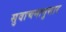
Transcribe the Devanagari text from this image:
सुवाचनानुसार